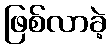
ဖြစ်လာခဲ့